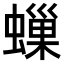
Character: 𧑀